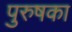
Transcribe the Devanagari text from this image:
पुरुषका